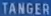
TANGER